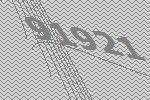
91921